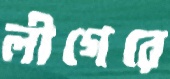
লীগেরে